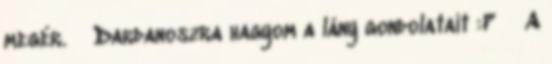
megér. Dardanoszra hagyom a lány gondolatait :P A